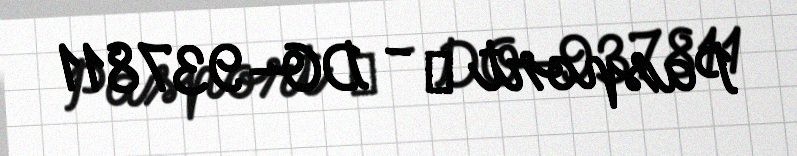
Pasport № - DO-937811